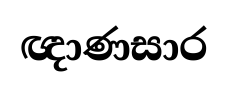
ඥාණසාර